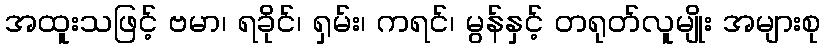
အထူးသဖြင့် ဗမာ၊ ရခိုင်၊ ရှမ်း၊ ကရင်၊ မွန်နှင့် တရုတ်လူမျိုး အများစု